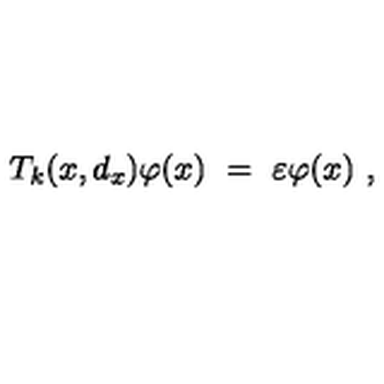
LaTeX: T _ { k } ( x , d _ { x } ) \varphi ( x ) \ = \ \varepsilon \varphi ( x ) \ ,